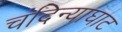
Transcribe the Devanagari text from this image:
चंदिन्याघाट